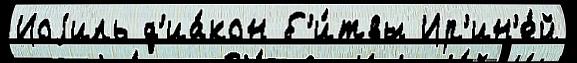
Иоjиль д'иа́кон б'и́твы Ир'ин'е́й